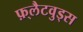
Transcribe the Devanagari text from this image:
फ़्लैटवुड्स